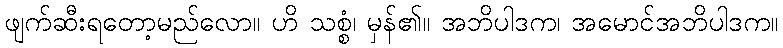
ဖျက်ဆီးရတော့မည်လော။ ဟိ သစ္စံ၊ မှန်၏။ အဘိပါဒက၊ အမောင်အဘိပါဒက။